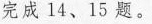
完成14、15题。